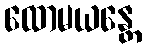
ထောမယန္တေ